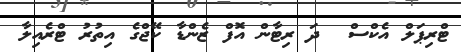
ޓްރިޕަލް އެކްސް  ދަ ރިޓާން އޮފް ޒެންޑާ ކޭޖްގެ އިތުރު ޓްރެއިލާ